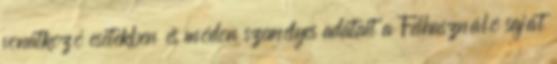
vonatkozó esetekben és módon személyes adatait a Felhasználó saját